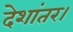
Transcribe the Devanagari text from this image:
देशांतर।